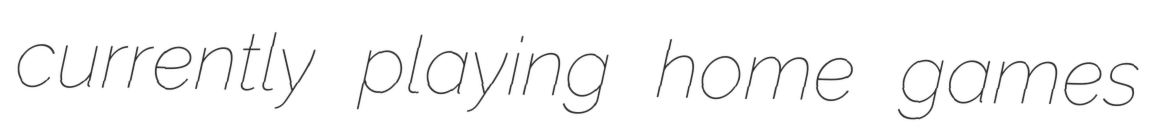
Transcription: currently playing home games